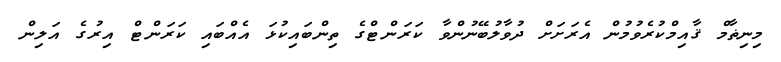
މިނިޡާމް ޤާއިމްކުރެވުމުން އެރަށަށް ދުވާލުބޭނުންވާ ކަރަންޓްގެ ތިންބައިކުޅަ އެއްބައި ކަރަންޓް އިރުގެ އަލިން